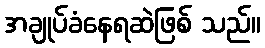
အချုပ်ခံနေရဆဲဖြစ် သည်။